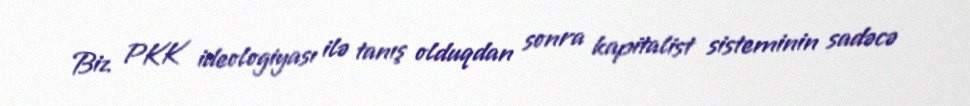
Biz PKK ideologiyası ilə tanış olduqdan sonra kapitalist sisteminin sadəcə